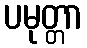
ပမုတ္တာ